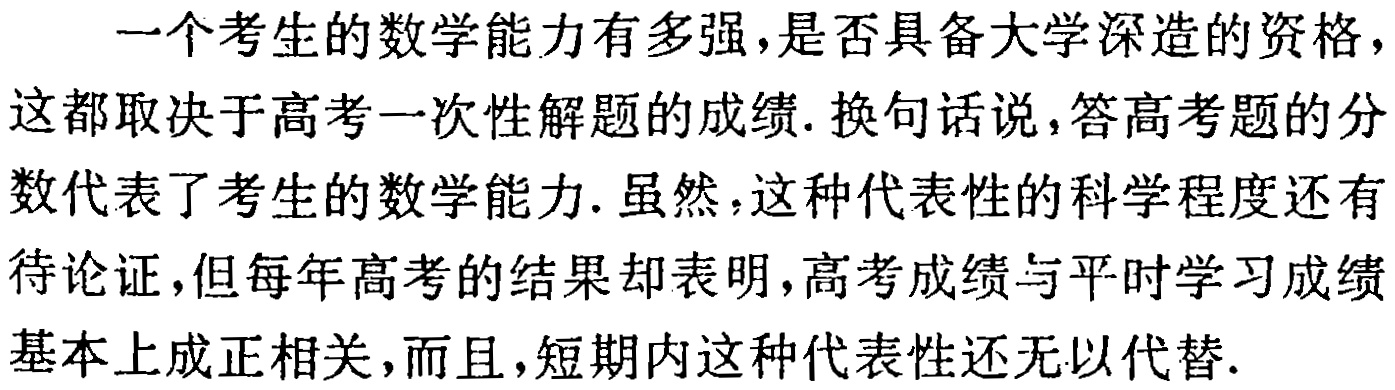
一个考生的数学能力有多强，是否具备大学深造的资格，这都取决于高考一次性解题的成绩. 换句话说，答高考题的分数代表了考生的数学能力. 虽然，这种代表性的科学程度还有待论证，但每年高考的结果却表明，高考成绩与平时学习成绩基本上成正相关，而且，短期内这种代表性还无以代替.